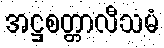
အဋ္ဌစတ္တာလီသမံ